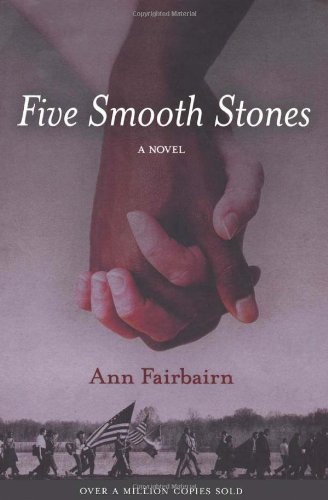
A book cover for Five Smooth Stones: A Novel (Rediscovered Classics); Ann Fairbairn; Literature & Fiction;